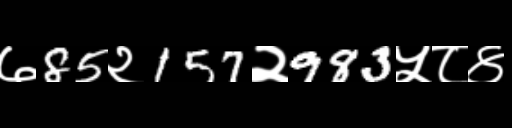
Text: ७85२157२983५८४